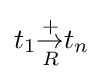
t_{1}{\overset {+}{\underset {R}{\rightarrow }}}t_{n}